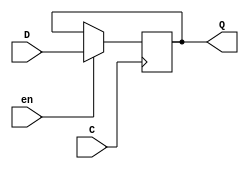
/*
 * Generated by Digital. Don't modify this file!
 * Any changes will be lost if this file is regenerated.
 */

module DIG_Register_BUS #(
    parameter Bits = 1
)
(
    input C,
    input en,
    input [(Bits - 1):0]D,
    output [(Bits - 1):0]Q
);

    reg [(Bits - 1):0] state = 'h0;

    assign Q = state;

    always @ (posedge C) begin
        if (en)
            state <= D;
   end
endmodule

module CompUnsigned #(
    parameter Bits = 1
)
(
    input [(Bits -1):0] a,
    input [(Bits -1):0] b,
    output \> ,
    output \= ,
    output \<
);
    assign \> = a > b;
    assign \= = a == b;
    assign \< = a < b;
endmodule


module equals_gen0 (
  input [11:0] A,
  input [11:0] B,
  output Q
);
  // =
  CompUnsigned #(
    .Bits(12)
  )
  CompUnsigned_i0 (
    .a( A ),
    .b( B ),
    .\= ( Q )
  );
endmodule
module DIG_Add
#(
    parameter Bits = 1
)
(
    input [(Bits-1):0] a,
    input [(Bits-1):0] b,
    input c_i,
    output [(Bits - 1):0] s,
    output c_o
);
   wire [Bits:0] temp;

   assign temp = a + b + c_i;
   assign s = temp [(Bits-1):0];
   assign c_o = temp[Bits];
endmodule



module plusone_gen0 (
  input [11:0] A,
  output [11:0] Y
);
  // +1
  DIG_Add #(
    .Bits(12)
  )
  DIG_Add_i0 (
    .a( A ),
    .b( 12'b0 ),
    .c_i( 1'b1 ),
    .s( Y )
  );
endmodule

module Mux_2x1_NBits #(
    parameter Bits = 2
)
(
    input [0:0] sel,
    input [(Bits - 1):0] in_0,
    input [(Bits - 1):0] in_1,
    output reg [(Bits - 1):0] out
);
    always @ (*) begin
        case (sel)
            1'h0: out = in_0;
            1'h1: out = in_1;
            default:
                out = 'h0;
        endcase
    end
endmodule


module maxcounter_gen0 (
  input en,
  input C,
  input [11:0] max,
  input rst,
  output [11:0] Q,
  output ovf
);
  wire [11:0] s0;
  wire [11:0] Q_temp;
  wire [11:0] s1;
  wire s2;
  wire ovf_temp;
  DIG_Register_BUS #(
    .Bits(12)
  )
  DIG_Register_BUS_i0 (
    .D( s0 ),
    .C( C ),
    .en( en ),
    .Q( Q_temp )
  );
  equals_gen0 equals_gen0_i1 (
    .A( Q_temp ),
    .B( max ),
    .Q( ovf_temp )
  );
  assign s2 = (ovf_temp | rst);
  plusone_gen0 plusone_gen0_i2 (
    .A( Q_temp ),
    .Y( s1 )
  );
  Mux_2x1_NBits #(
    .Bits(12)
  )
  Mux_2x1_NBits_i3 (
    .sel( s2 ),
    .in_0( s1 ),
    .in_1( 12'b0 ),
    .out( s0 )
  );
  assign Q = Q_temp;
  assign ovf = ovf_temp;
endmodule

module scanxy (
  input C,
  input rst,
  input en,
  input [11:0] h_total,
  input [11:0] v_total,
  output [11:0] x,
  output [11:0] y,
  output line,
  output frame
);
  wire s0;
  wire line_temp;
  wire s1;
  // X
  maxcounter_gen0 maxcounter_gen0_i0 (
    .en( en ),
    .C( C ),
    .max( h_total ),
    .rst( rst ),
    .Q( x ),
    .ovf( s0 )
  );
  assign line_temp = (s0 & en);
  // Y
  maxcounter_gen0 maxcounter_gen0_i1 (
    .en( line_temp ),
    .C( C ),
    .max( v_total ),
    .rst( rst ),
    .Q( y ),
    .ovf( s1 )
  );
  assign frame = (line_temp & s1);
  assign line = line_temp;
endmodule

module equals_gen1 (
  input [11:0] A,
  input [11:0] B,
  output Q
);
  // =
  CompUnsigned #(
    .Bits(12)
  )
  CompUnsigned_i0 (
    .a( A ),
    .b( B ),
    .\= ( Q )
  );
endmodule

module sync (
  input en,
  input [11:0] v,
  input [11:0] fp,
  input [11:0] sync,
  input [11:0] bp,
  output blank_bgn,
  output sync_bgn,
  output sync_end
);
  wire s0;
  wire s1;
  wire s2;
  equals_gen1 equals_gen1_i0 (
    .A( v ),
    .B( fp ),
    .Q( s0 )
  );
  equals_gen1 equals_gen1_i1 (
    .A( v ),
    .B( sync ),
    .Q( s1 )
  );
  equals_gen1 equals_gen1_i2 (
    .A( v ),
    .B( bp ),
    .Q( s2 )
  );
  assign blank_bgn = (en & s0);
  assign sync_bgn = (en & s1);
  assign sync_end = (en & s2);
endmodule
module DIG_D_FF_1bit
#(
    parameter Default = 0
)
(
   input D,
   input C,
   output Q,
   output \~Q
);
    reg state;

    assign Q = state;
    assign \~Q = ~state;

    always @ (posedge C) begin
        state <= D;
    end

    initial begin
        state = Default;
    end
endmodule


module rsff (
  input S,
  input C,
  input R,
  output Q,
  output \~Q 
);
  wire Q_temp;
  wire s0;
  assign s0 = ((Q_temp | S) & ~ R);
  DIG_D_FF_1bit #(
    .Default(0)
  )
  DIG_D_FF_1bit_i0 (
    .D( s0 ),
    .C( C ),
    .Q( Q_temp ),
    .\~Q ( \~Q  )
  );
  assign Q = Q_temp;
endmodule

module Mux_2x1
(
    input [0:0] sel,
    input in_0,
    input in_1,
    output reg out
);
    always @ (*) begin
        case (sel)
            1'h0: out = in_0;
            1'h1: out = in_1;
            default:
                out = 'h0;
        endcase
    end
endmodule


module syncstate (
  input blank_end,
  input blank_bgn,
  input sync_bgn,
  input sync_end,
  input neg,
  input clk,
  input rst,
  output blank,
  output sync
);
  wire s0;
  wire s1;
  wire s2;
  wire s3;
  assign s0 = (blank_end | rst);
  assign s1 = (sync_end | rst);
  rsff rsff_i0 (
    .S( blank_bgn ),
    .C( clk ),
    .R( s0 ),
    .Q( blank )
  );
  rsff rsff_i1 (
    .S( sync_bgn ),
    .C( clk ),
    .R( s1 ),
    .Q( s2 ),
    .\~Q ( s3 )
  );
  Mux_2x1 Mux_2x1_i2 (
    .sel( neg ),
    .in_0( s2 ),
    .in_1( s3 ),
    .out( sync )
  );
endmodule

module vgasync (
  input [11:0] x_i,
  input [11:0] y_i,
  input line_i,
  input frame_i,
  input [11:0] h_fp,
  input [11:0] h_sync,
  input [11:0] h_bp,
  input h_neg,
  input [11:0] v_fp,
  input [11:0] v_sync,
  input [11:0] v_bp,
  input v_neg,
  input clk,
  input rst,
  output [11:0] x_o,
  output [11:0] y_o,
  output line_o,
  output frame_o,
  output hsync,
  output vsync,
  output en_disp
);
  wire s0;
  wire s1;
  wire s2;
  wire s3;
  wire s4;
  wire s5;
  wire s6;
  wire s7;
  // H
  sync sync_i0 (
    .en( 1'b1 ),
    .v( x_i ),
    .fp( h_fp ),
    .sync( h_sync ),
    .bp( h_bp ),
    .blank_bgn( s2 ),
    .sync_bgn( s3 ),
    .sync_end( s4 )
  );
  // V
  sync sync_i1 (
    .en( line_i ),
    .v( y_i ),
    .fp( v_fp ),
    .sync( v_sync ),
    .bp( v_bp ),
    .blank_bgn( s5 ),
    .sync_bgn( s6 ),
    .sync_end( s7 )
  );
  // H
  syncstate syncstate_i2 (
    .blank_end( line_i ),
    .blank_bgn( s2 ),
    .sync_bgn( s3 ),
    .sync_end( s4 ),
    .neg( h_neg ),
    .clk( clk ),
    .rst( rst ),
    .blank( s0 ),
    .sync( hsync )
  );
  // V
  syncstate syncstate_i3 (
    .blank_end( frame_i ),
    .blank_bgn( s5 ),
    .sync_bgn( s6 ),
    .sync_end( s7 ),
    .neg( v_neg ),
    .clk( clk ),
    .rst( rst ),
    .blank( s1 ),
    .sync( vsync )
  );
  assign en_disp = ~ (s0 | s1);
  assign x_o = x_i;
  assign y_o = y_i;
  assign line_o = line_i;
  assign frame_o = frame_i;
endmodule

module DemuxBus2 #(
    parameter Bits = 2
)
(
    output [(Bits-1):0] out_0,
    output [(Bits-1):0] out_1,
    output [(Bits-1):0] out_2,
    output [(Bits-1):0] out_3,
    input [1:0] sel,
    input [(Bits-1):0] in
);
    assign out_0 = (sel == 2'h0)? in : 'd0;
    assign out_1 = (sel == 2'h1)? in : 'd0;
    assign out_2 = (sel == 2'h2)? in : 'd0;
    assign out_3 = (sel == 2'h3)? in : 'd0;
endmodule


module engine (
  input [11:0] x_i,
  input [11:0] y_i,
  input line,
  input frame,
  input hsync_i,
  input vsync_i,
  input en_disp_i,
  input clk,
  input rst,
  output [11:0] x_o,
  output [11:0] y_o,
  output [7:0] r,
  output [7:0] g,
  output [7:0] b,
  output hsync_o,
  output vsync_o,
  output en_disp_o
);
  wire [7:0] s0;
  wire [1:0] s1;
  wire [7:0] s2;
  wire [7:0] s3;
  wire [7:0] s4;
  wire [7:0] s5;
  wire [7:0] s6;
  wire [7:0] s7;
  wire [7:0] s8;
  assign s0 = x_i[8:1];
  assign s1 = y_i[7:6];
  DemuxBus2 #(
    .Bits(8)
  )
  DemuxBus2_i0 (
    .sel( s1 ),
    .in( s0 ),
    .out_0( s2 ),
    .out_1( s3 ),
    .out_2( s4 ),
    .out_3( s5 )
  );
  assign s6 = (s2 | s5);
  assign s7 = (s3 | s5);
  assign s8 = (s4 | s5);
  Mux_2x1_NBits #(
    .Bits(8)
  )
  Mux_2x1_NBits_i1 (
    .sel( en_disp_i ),
    .in_0( 8'b0 ),
    .in_1( s6 ),
    .out( r )
  );
  Mux_2x1_NBits #(
    .Bits(8)
  )
  Mux_2x1_NBits_i2 (
    .sel( en_disp_i ),
    .in_0( 8'b0 ),
    .in_1( s7 ),
    .out( g )
  );
  Mux_2x1_NBits #(
    .Bits(8)
  )
  Mux_2x1_NBits_i3 (
    .sel( en_disp_i ),
    .in_0( 8'b0 ),
    .in_1( s8 ),
    .out( b )
  );
  assign x_o = x_i;
  assign y_o = y_i;
  assign hsync_o = hsync_i;
  assign vsync_o = vsync_i;
  assign en_disp_o = en_disp_i;
endmodule

module vdp (
  input clk,
  input rst,
  input [11:0] h_fp,
  input [11:0] h_sync,
  input [11:0] h_bp,
  input [11:0] h_total,
  input h_neg,
  input [11:0] v_fp,
  input [11:0] v_sync,
  input [11:0] v_bp,
  input [11:0] v_total,
  input v_neg,
  output [7:0] r,
  output [7:0] g,
  output [7:0] b,
  output hsync,
  output vsync,
  output en_disp,
  output [11:0] x,
  output [11:0] y
);
  wire [11:0] s0;
  wire [11:0] s1;
  wire s2;
  wire s3;
  wire [11:0] s4;
  wire [11:0] s5;
  wire s6;
  wire s7;
  wire s8;
  wire s9;
  wire s10;
  scanxy scanxy_i0 (
    .C( clk ),
    .rst( rst ),
    .en( 1'b1 ),
    .h_total( h_total ),
    .v_total( v_total ),
    .x( s0 ),
    .y( s1 ),
    .line( s2 ),
    .frame( s3 )
  );
  vgasync vgasync_i1 (
    .x_i( s0 ),
    .y_i( s1 ),
    .line_i( s2 ),
    .frame_i( s3 ),
    .h_fp( h_fp ),
    .h_sync( h_sync ),
    .h_bp( h_bp ),
    .h_neg( h_neg ),
    .v_fp( v_fp ),
    .v_sync( v_sync ),
    .v_bp( v_bp ),
    .v_neg( v_neg ),
    .clk( clk ),
    .rst( rst ),
    .x_o( s4 ),
    .y_o( s5 ),
    .line_o( s6 ),
    .frame_o( s7 ),
    .hsync( s8 ),
    .vsync( s9 ),
    .en_disp( s10 )
  );
  engine engine_i2 (
    .x_i( s4 ),
    .y_i( s5 ),
    .line( s6 ),
    .frame( s7 ),
    .hsync_i( s8 ),
    .vsync_i( s9 ),
    .en_disp_i( s10 ),
    .clk( clk ),
    .rst( rst ),
    .x_o( x ),
    .y_o( y ),
    .r( r ),
    .g( g ),
    .b( b ),
    .hsync_o( hsync ),
    .vsync_o( vsync ),
    .en_disp_o( en_disp )
  );
endmodule